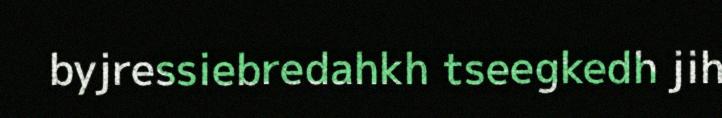
byjressiebredahkh tseegkedh jih